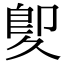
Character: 𠨠